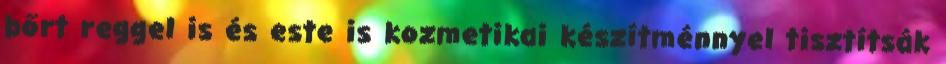
bőrt reggel is és este is kozmetikai készítménnyel tisztítsák